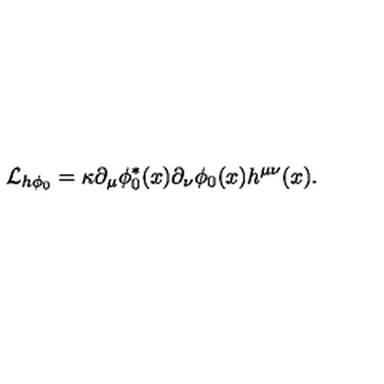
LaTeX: { \cal { L } } _ { h \phi _ { 0 } } = \kappa \partial _ { \mu } \phi _ { 0 } ^ { * } ( x ) \partial _ { \nu } \phi _ { 0 } ( x ) h ^ { \mu \nu } ( x ) .